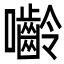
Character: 𭌿